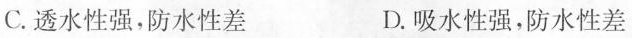
C.透水性强，防水性差 D.吸水性强，防水性差